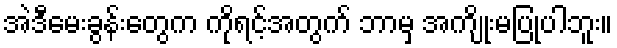
အဲဒီမေးခွန်းတွေက ကိုရင့်အတွက် ဘာမှ အကျိုးမပြုပါဘူး။